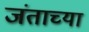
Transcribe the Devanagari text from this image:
जंताच्या